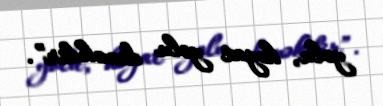
yolu, həyat yolu deməkdir”.